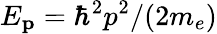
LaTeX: E_{\mathbf{p}}=\hbar^{2}p^{2}/(2m_{e})